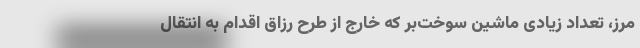
مرز، تعداد زیادی ماشین سوخت‌بر که خارج از طرح رزاق اقدام به انتقال